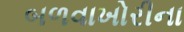
બળવાખોરીના